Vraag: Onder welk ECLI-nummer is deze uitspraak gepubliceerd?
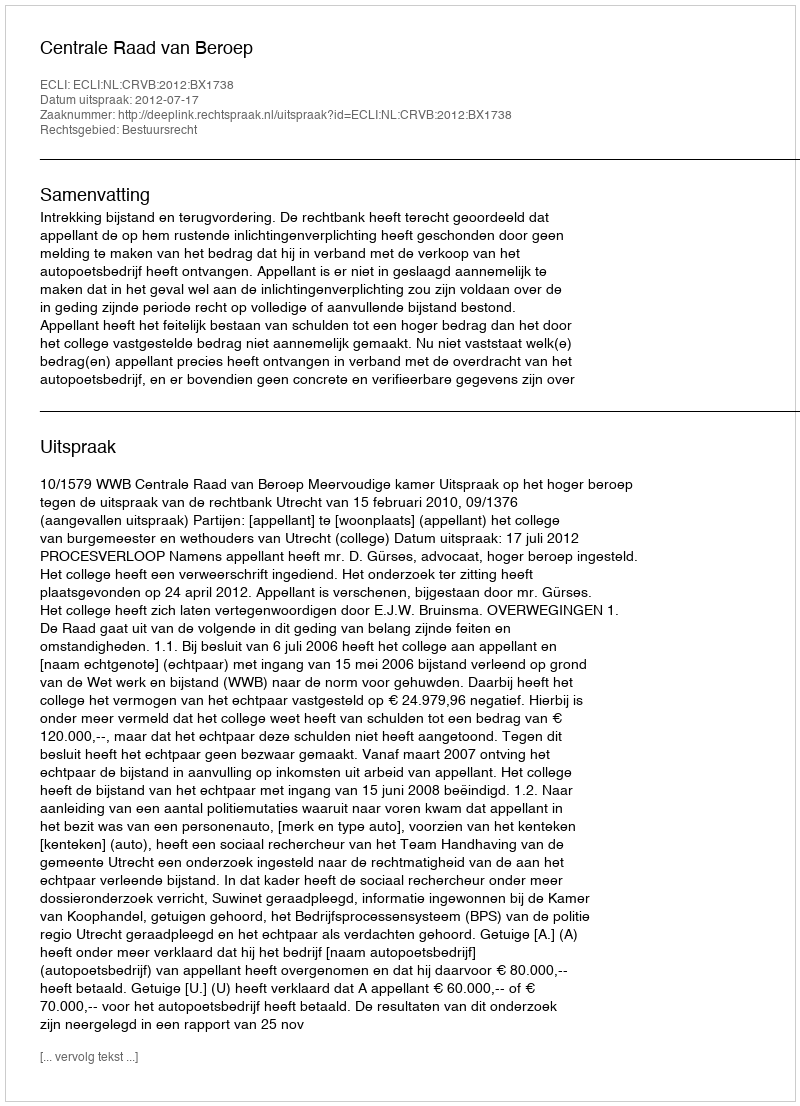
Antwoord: ECLI:NL:CRVB:2012:BX1738